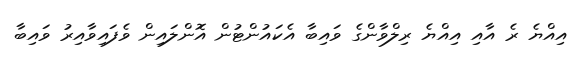
އިއްޔެ ރެ އާއި އިއްޔެ ރިލްވާންގެ ވައިބާ އެކައުންޓުން އޮންލައިން ވެފައިވާއިރު ވައިބާ